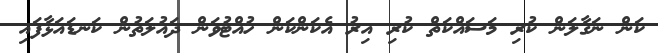
ކަން ނަގާލަން ކުރި މަސައްކަތް ކުރި އިރު އެކަންކަން ހުއްޓުވަން ދައުލަތުން ކަނޑައަޅާފައި